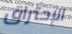
الإحتراق